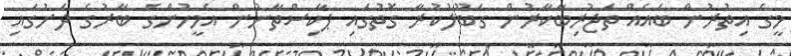
މީގެ އިތުރުން ބައެއް ތަޖުރިބާކާރުން ގަބޫލުކުރާ ގޮތުގައި ޕާކިސްތާނުން އެމީހުންގެ ބާރުގެ ދަށުގައި